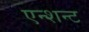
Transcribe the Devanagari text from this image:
एन्शन्ट